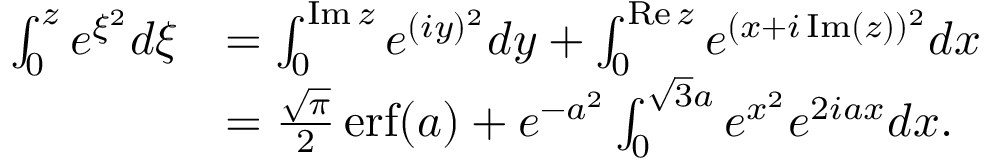
\begin{array} { r l } { \int _ { 0 } ^ { z } e ^ { \xi ^ { 2 } } d \xi } & { = \int _ { 0 } ^ { \operatorname { I m } z } e ^ { ( i y ) ^ { 2 } } d y + \int _ { 0 } ^ { \operatorname { R e } z } e ^ { ( x + i \operatorname { I m } ( z ) ) ^ { 2 } } d x } \\ & { = \frac { \sqrt { \pi } } { 2 } \operatorname { e r f } ( a ) + e ^ { - a ^ { 2 } } \int _ { 0 } ^ { \sqrt { 3 } a } e ^ { x ^ { 2 } } e ^ { 2 i a x } d x . } \end{array}